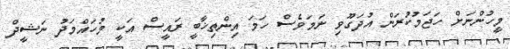
މީހުންނަށް ހަޖަމުކުރަން އުދަގޫވި ނަމަވެސް ހަމަ އިންތިޚާބީ ރައީސް އަކީ މުހައްމަދު ނަޝީދް